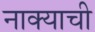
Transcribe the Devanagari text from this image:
नाक्याची